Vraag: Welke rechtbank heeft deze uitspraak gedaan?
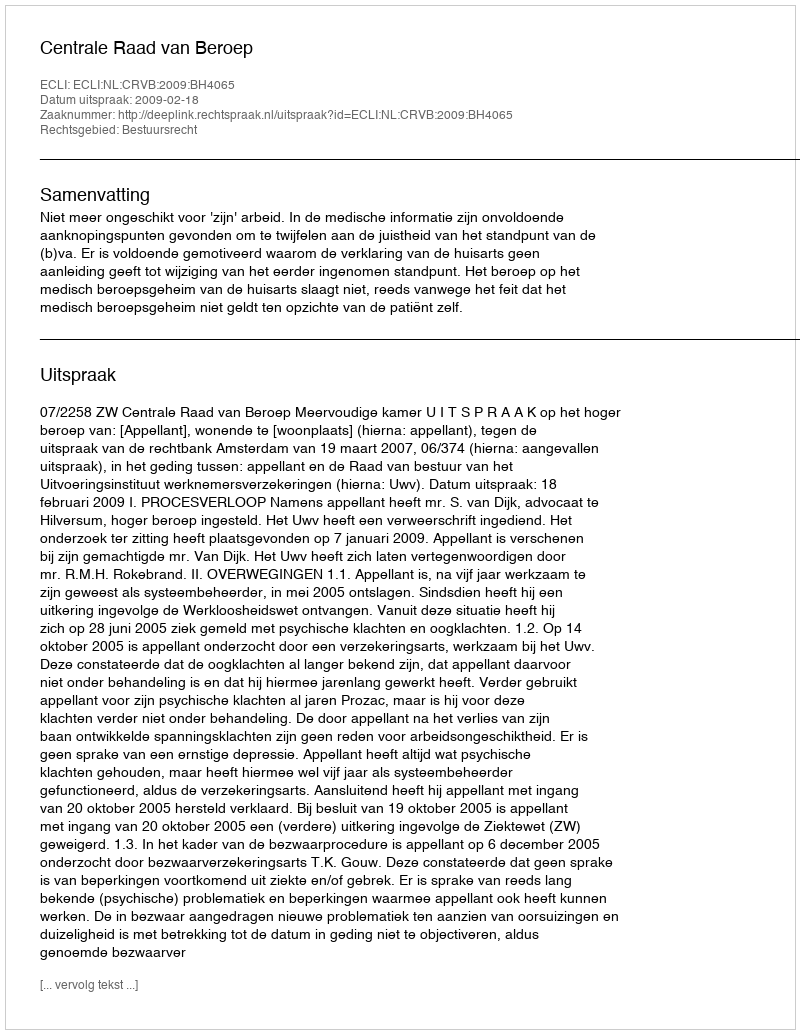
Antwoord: Centrale Raad van Beroep